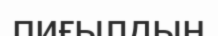
пиғылдың